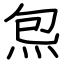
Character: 炰